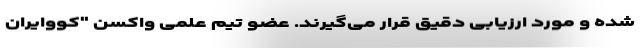
شده و مورد ارزیابی دقیق قرار می‌گیرند. عضو تیم علمی واکسن "کُووایران